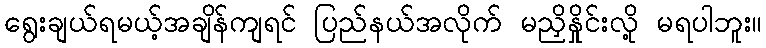
ရွေးချယ်ရမယ့်အချိန်ကျရင် ပြည်နယ်အလိုက် မညှိနှိုင်းလို့ မရပါဘူး။